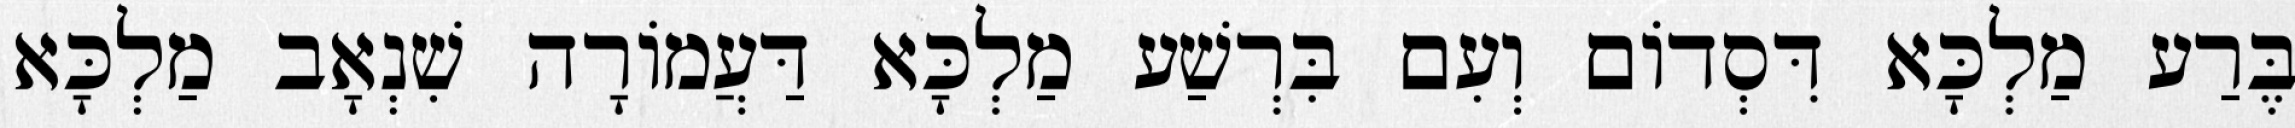
בֶּרַע מַלְכָּא דִּסְדוֹם וְעִם בִּרְשַׁע מַלְכָּא דַּעֲמוֹרָה שִׁנְאָב מַלְכָּא